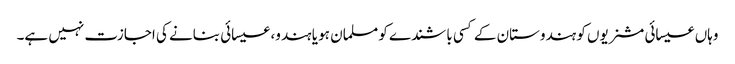
وہاں عیسائی مشنریوں کو ہندوستان کے کسی باشندے کو مسلمان ہو یا ہندو، عیسائی بنانے کی اجازت نہیں ہے۔